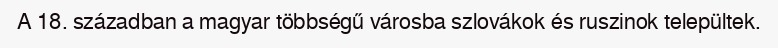
A 18. században a magyar többségű városba szlovákok és ruszinok települtek.